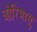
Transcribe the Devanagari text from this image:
ओरिमासु